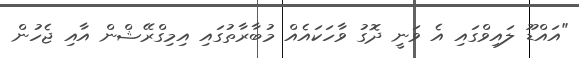
"އައްޑޫ ލައިވްގައި އެ ވަނީ ދޮގު ވާހަކައެއް މުބާރާތުގައި އިމިގްރޭޝްން އާއި ޖެހުން